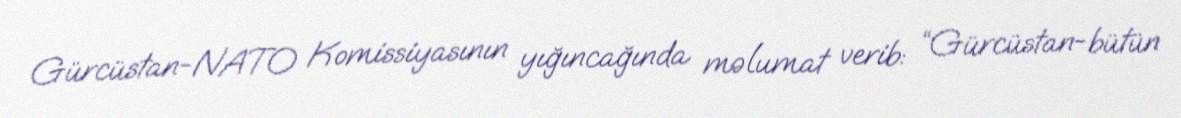
Gürcüstan-NATO Komissiyasının yığıncağında məlumat verib: “Gürcüstan-bütün